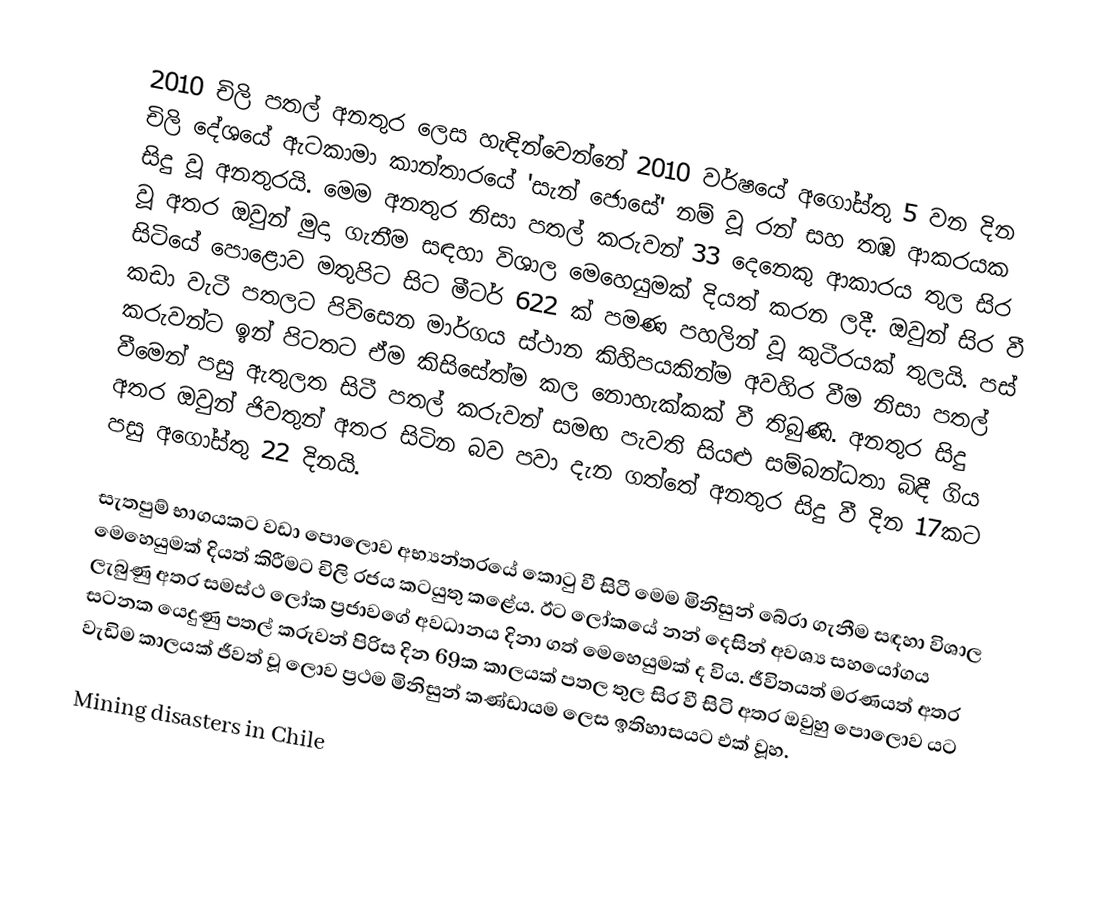
2010 චිලි පතල් අනතුර ලෙස හැඳින්වෙන්නේ 2010 වර්ෂයේ අගෝස්තු 5 වන දින චිලි දේශයේ ඇටකාමා කාන්තාරයේ 'සැන් ජොසේ' නම් වූ රන් සහ තඹ ආකරයක සිදු වූ අනතුරයි. මෙම අනතුර නිසා පතල් කරුවන් 33 දෙනෙකු ආකාරය තුල සිර වූ අතර ඔවුන් මුදා ගැනීම සඳහා විශාල මෙහෙයුමක් දියත් කරන ලදී. ඔවුන් සිර වී සිටියේ පොළොව මතුපිට සිට මීටර් 622 ක් පමණ පහලින් වූ කුටීරයක් තුලයි. පස් කඩා වැටී පතලට පිවිසෙන මාර්ගය ස්ථාන කිහිපයකින්ම අවහිර වීම නිසා පතල් කරුවන්ට ඉන් පිටතට ඒම කිසිසේත්ම කල නොහැක්කක් වී තිබුණි. අනතුර සිදු වීමෙන් පසු ඇතුලත සිටී පතල් කරුවන් සමඟ පැවති සියළු සම්බන්ධතා බිඳී ගිය අතර ඔවුන් ජිවතුන් අතර සිටින බව පවා දැන ගත්තේ අනතුර සිදු වී දින 17කට පසු අගෝස්තු 22 දිනයි.

සැතපුම් භාගයකට වඩා පොලොව අභ්‍යන්තරයේ කොටු වී සිටී මෙම මිනිසුන් බේරා ගැනීම සඳහා විශාල මෙහෙයුමක් දියත් කිරීමට චිලි රජය කටයුතු කළේය. ඊට ලෝකයේ නන් දෙසින් අවශ්‍ය සහයෝගය ලැබුණු අතර සමස්ථ ලෝක ප්‍රජාවගේ අවධානය දිනා ගත් මෙහෙයුමක් ද විය. ජීවිතයත් මරණයත් අතර සටනක යෙදුණු පතල් කරුවන් පිරිස දින 69ක කාලයක් පතල තුල සිර වී සිටි අතර ඔවුහු පොලොව යට වැඩිම කාලයක් ජීවත් වූ ලොව ප්‍රථම මිනිසුන් කණ්ඩායම ලෙස ඉතිහාසයට එක් වූහ.

Mining disasters in Chile